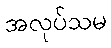
အလုပ်သမ